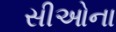
સીઓના